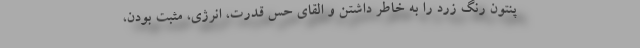
پنتون رنگ زرد را به خاطر داشتن و القای حس قدرت، انرژی، مثبت بودن،